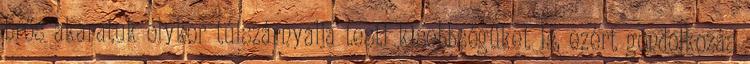
Erős akaratuk olykor túlszárnyalja testi kisebbségüket is, ezért gondolkozás